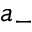
a _ { - }